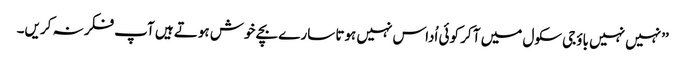
’’نہیں نہیں باؤجی سکول میں آ کر کوئی اُداس نہیں ہوتا سارے بچے خوش ہوتے ہیں آپ فکر نہ کریں۔